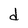
Character: d